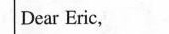
Dear Eric,